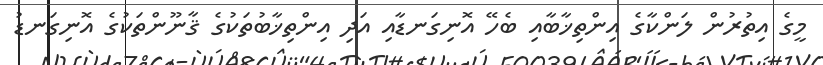
މީގެ އިތުރުން ލަންކާގެ އިންތިޚާބާއި ބެހޭ އޮނިގަނޑާއި އަދި އިންތިޚާބުތަކުގެ ޤާނޫންތަކުގެ އޮނިގަނޑު